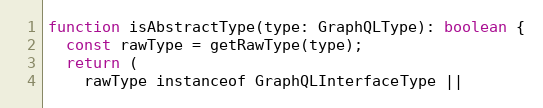
Language: JavaScript
function isAbstractType(type: GraphQLType): boolean {
  const rawType = getRawType(type);
  return (
    rawType instanceof GraphQLInterfaceType ||